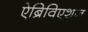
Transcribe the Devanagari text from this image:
ऐब्रिविएशन